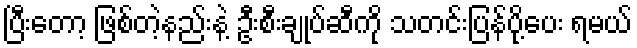
ပြီးတော့ ဖြစ်တဲ့နည်းနဲ့ ဦးစီးချုပ်ဆီကို သတင်းပြန်ပို့ပေး ရမယ်